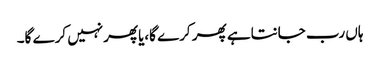
ہاں رب جانتاہے پھر کرے گا،یاپھرنہیں کرے گا۔